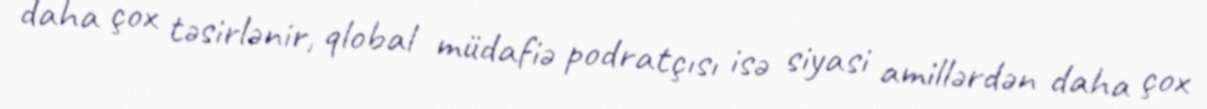
daha çox təsirlənir, qlobal müdafiə podratçısı isə siyasi amillərdən daha çox